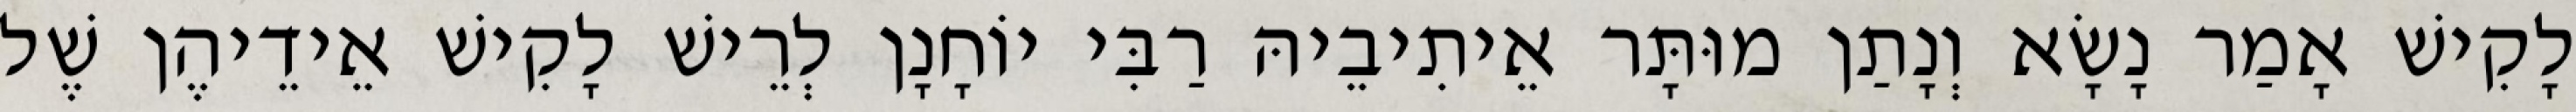
לָקִישׁ אָמַר נָשָׂא וְנָתַן מוּתָּר אֵיתִיבֵיהּ רַבִּי יוֹחָנָן לְרֵישׁ לָקִישׁ אֵידֵיהֶן שֶׁל